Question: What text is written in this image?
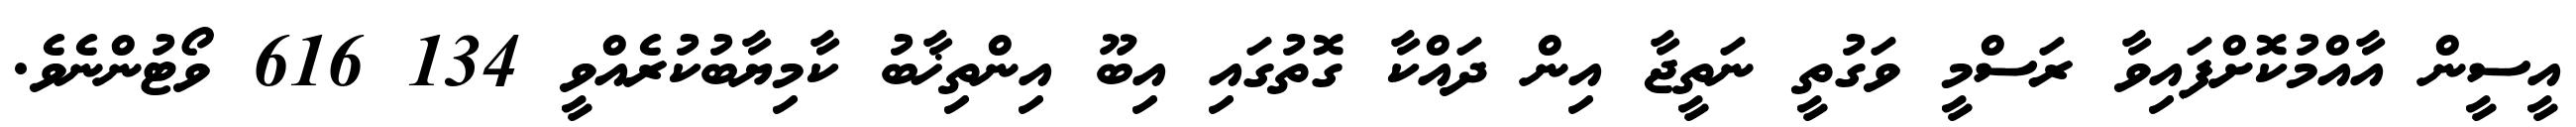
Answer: އީސީން އާއްމުކޮށްފައިވާ ރަސްމީ ވަގުތީ ނަތީޖާ އިން ދައްކާ ގޮތުގައި އިބޫ އިންތިޚާބު ކާމިޔާބުކުރެއްވީ 134 616 ވޯޓުންނެވެ.